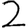
Digit: 2